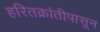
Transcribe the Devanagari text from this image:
हरितक्रांतीपासून